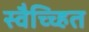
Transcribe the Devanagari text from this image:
स्वैच्च्हित